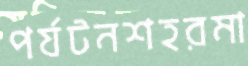
পর্যটনশহরমা